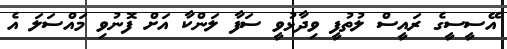
އޭސީސީގެ ރައީސް ލުތުފީ ވިދާޅުވީ ސަފާ ލަންކާ އަށް ފޮނުވި މައްސަލަ އެ